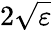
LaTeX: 2\sqrt\varepsilon